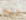
انه